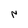
Character: N